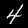
Digit: 4